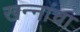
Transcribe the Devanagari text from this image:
खन्‍नांचा